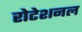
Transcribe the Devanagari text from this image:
रोटेशनल